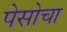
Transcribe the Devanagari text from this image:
पेसोचा